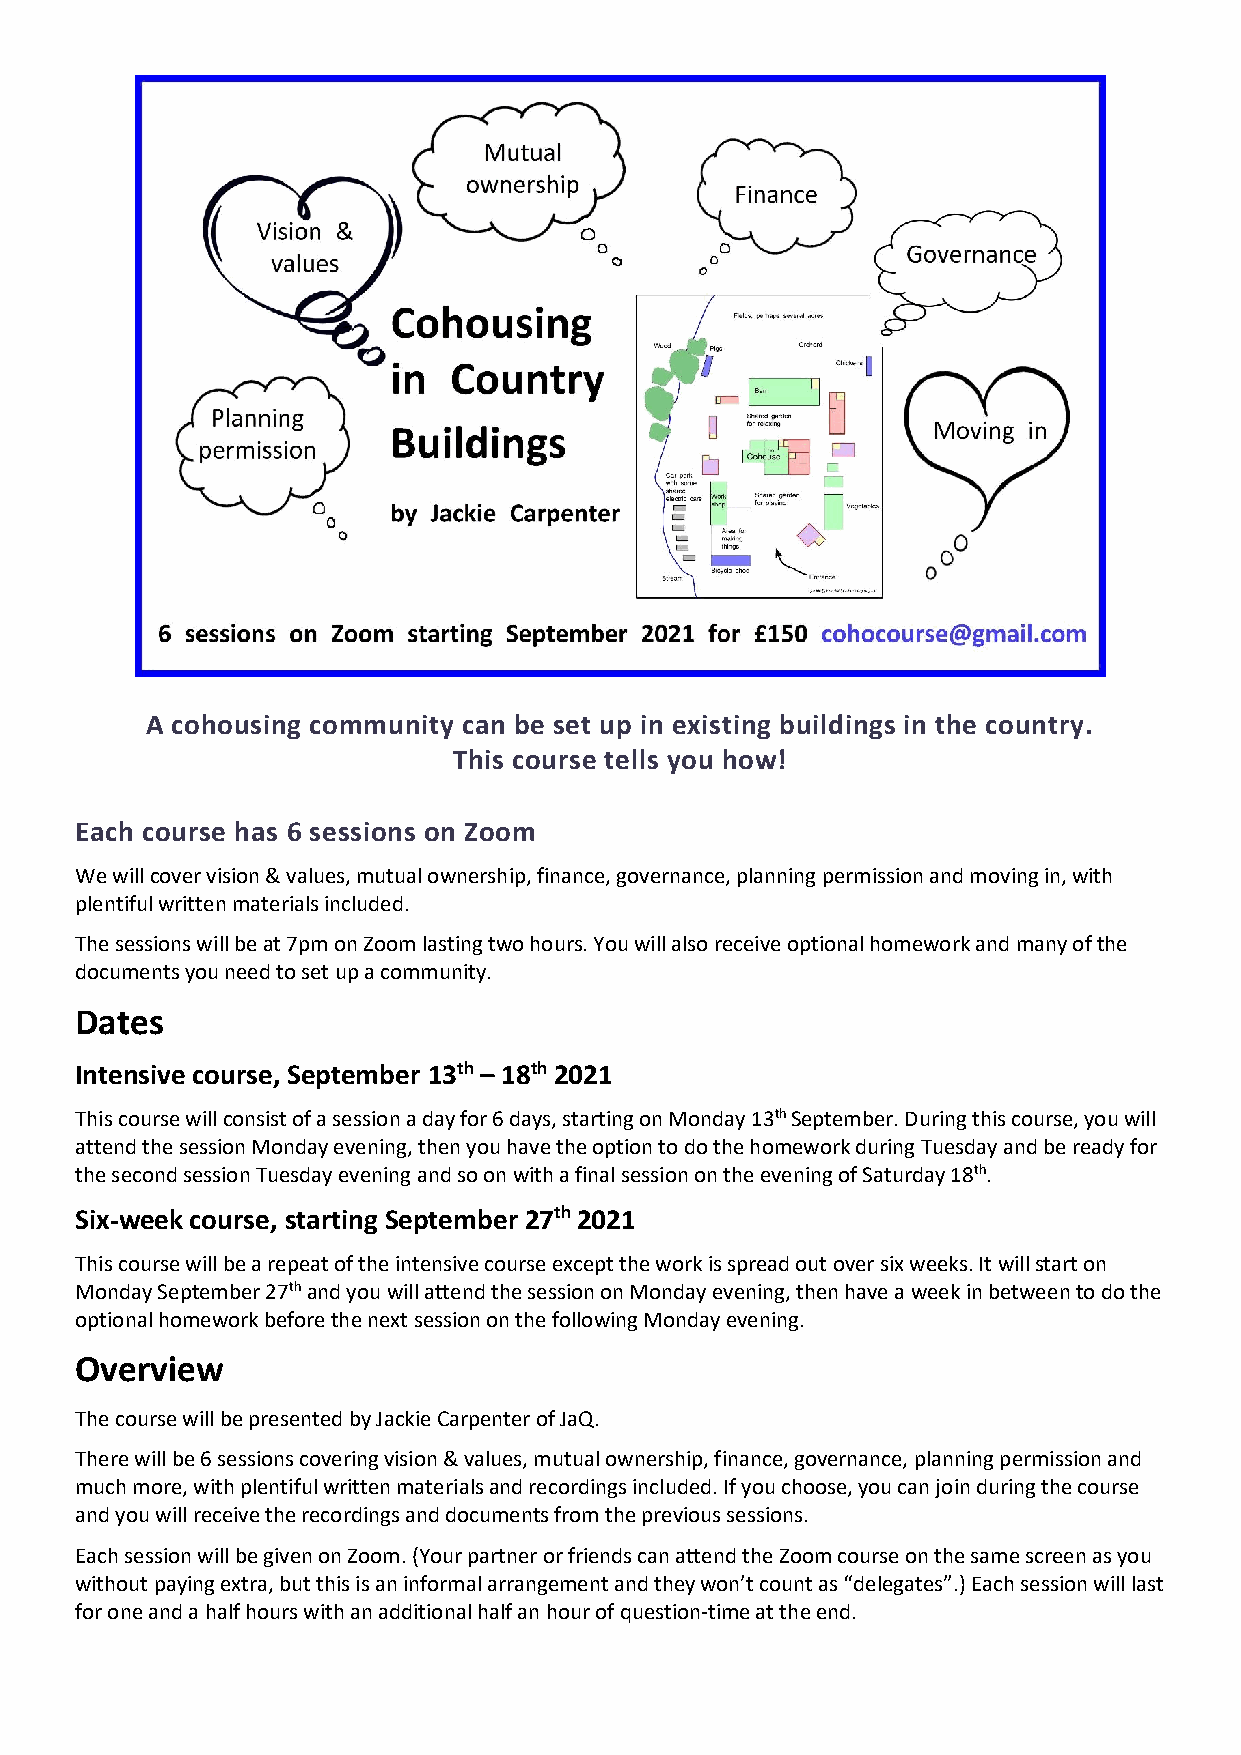
A cohousing community can be set up in existing buildings in the country.
 This course tells you how!
 Each course has 6 sessions on Zoom
 We will cover vision & values, mutual ownership, finance, governance, planning permission and moving in, with
 plentiful written materials included.
 The sessions will be at 7pm on Zoom lasting two hours. You will also receive optional homework and many of the
 documents you need to set up a community.
 Dates
 Intensive course, September 13th – 18th 2021
 This course will consist of a session a day for 6 days, starting on Monday 13th September. During this course, you will
 attend the session Monday evening, then you have the option to do the homework during Tuesday and be ready for
 the second session Tuesday evening and so on with a final session on the evening of Saturday 18th.
 Six-week course, starting September 27th 2021
 This course will be a repeat of the intensive course except the work is spread out over six weeks. It will start on
 Monday September 27th and you will attend the session on Monday evening, then have a week in between to do the
 optional homework before the next session on the following Monday evening.
 Overview
 The course will be presented by Jackie Carpenter of JaQ.
 There will be 6 sessions covering vision & values, mutual ownership, finance, governance, planning permission and
 much more, with plentiful written materials and recordings included. If you choose, you can join during the course
 and you will receive the recordings and documents from the previous sessions.
 Each session will be given on Zoom. (Your partner or friends can attend the Zoom course on the same screen as you
 without paying extra, but this is an informal arrangement and they won’t count as “delegates”.) Each session will last
 for one and a half hours with an additional half an hour of question-time at the end.